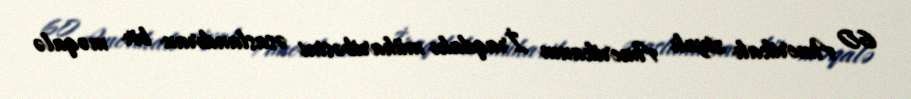
60 Amerikalı ziyalı Amerikanın İraqdakı müharibəsini əsaslandıran bir məqalə